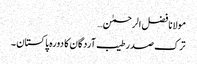
مولانا فضل الرحمٰن…
ترک صدر طیب آردگان کا دورہ پاکستان ۔